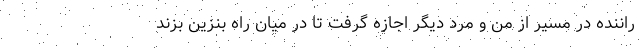
راننده در مسیر از من و مرد دیگر اجازه گرفت تا در میان راه بنزین بزند